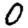
Digit: 0